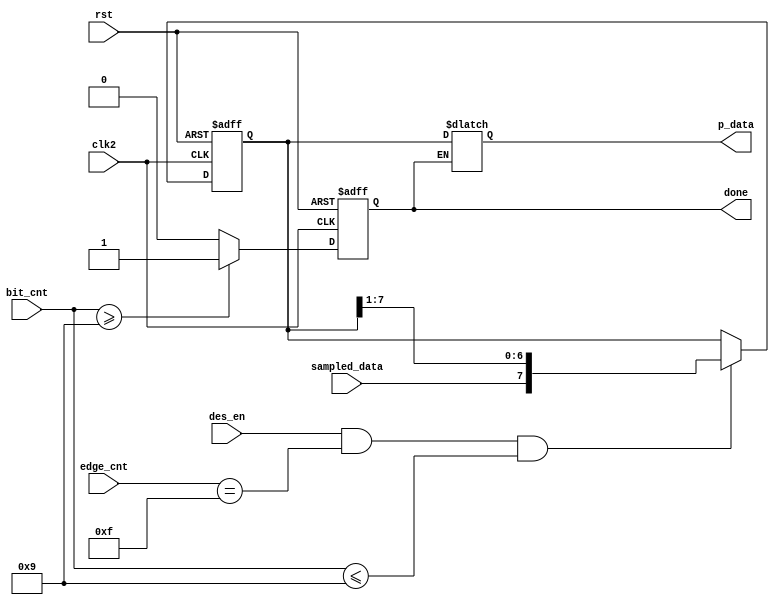
`timescale 1ns / 1ps
//////////////////////////////////////////////////////////////////////////////////
// Company: 
// Engineer: 
// 
// Design Name: 
// Module Name: deserializer
// Project Name: 
// Target Devices: 
// Tool Versions: 
// Description: 
// 
// Dependencies: 
// 
// Revision:
// Revision 0.01 - File Created
// Additional Comments:
// 
//////////////////////////////////////////////////////////////////////////////////


module deserializer
   # (parameter prescaler = 16)
    (
    input clk2,
    input rst,
    input des_en,
    input sampled_data,
    input [4:0] edge_cnt,
    input [3:0] bit_cnt,
    output reg done,
   
    output  reg [7:0]  p_data
    );
    reg [7:0] temp_data;
  always @(posedge clk2 or negedge rst) begin
    if(!rst) begin
        temp_data<=0;
    end
    else begin
        if(des_en && edge_cnt==(prescaler-1) &&bit_cnt <= 9) begin
            temp_data <= {sampled_data,temp_data[7:1]};
        end
    end
  end
 always @(*) begin
    if(done) begin
        p_data = temp_data;
    end
    else begin
        p_data = p_data;
    end
 end
 
  always @(posedge clk2 or negedge rst) begin
    if(!rst) begin
        done<=0;
    end
    else begin
        if(bit_cnt >= 9) begin
            done<=1;
        end
        else begin
            done<=0;
        end
    end
  end
   
    
endmodule